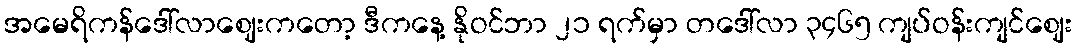
အမေရိကန်ဒေါ်လာဈေးကတော့ ဒီကနေ့ နိုဝင်ဘာ ၂၁ ရက်မှာ တဒေါ်လာ ၃၄၆၅ ကျပ်ဝန်းကျင်ဈေး